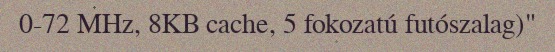
0-72 MHz, 8KB cache, 5 fokozatú futószalag)"